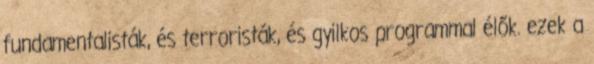
fundamentalisták, és terroristák, és gyilkos programmal élők. ezek a